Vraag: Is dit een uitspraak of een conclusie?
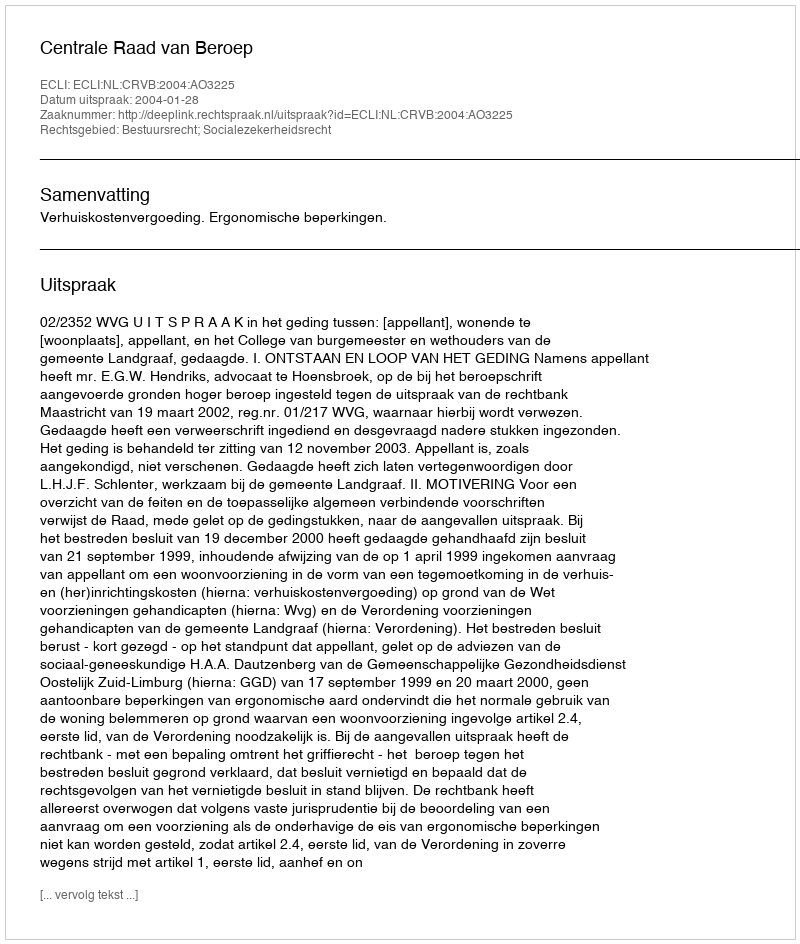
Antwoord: Uitspraak